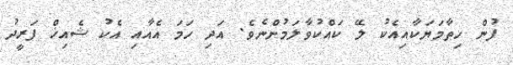
ފުން ހިތާމަޔަކާއިއެކު ލޭ ކައްކުވާލަމުންނެވެ. އަދި ހަމަ އެއާއި އެކު ޝެއިޚް ފަރީދު